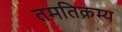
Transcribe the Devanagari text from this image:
तमतिक्रम्य